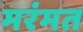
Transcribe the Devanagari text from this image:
मरंमत